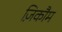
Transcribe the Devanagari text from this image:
ज़िकौम